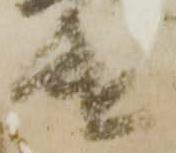
遣